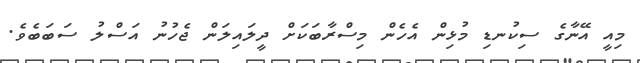
މިއީ އޭނާގެ ސިކުނޑި މުޅިން އެހެން މިސްރާބަކަށް ދީލައިލަން ޖެހުނު އަސްލު ސަބަބެވެ.